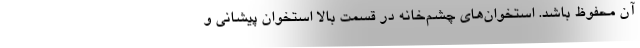
آن محفوظ باشد. استخوان‌های چشم‌خانه در قسمت بالا استخوان پیشانی و